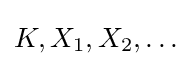
K,X_{1},X_{2},\dots